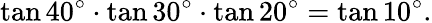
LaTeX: \tan 40^{\circ}\cdot\tan 30^{\circ}\cdot\tan 20^{\circ}=\tan 10^{\circ}.